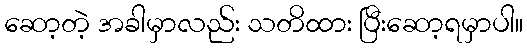
ဆော့တဲ့ အခါမှာလည်း သတိထား ပြီးဆော့ရမှာပါ။